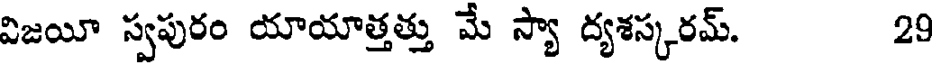
విజయీ స్వపురం యాయాత్తత్తు మే స్యా ద్యశస్కరమ్. 29